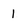
Character: 1